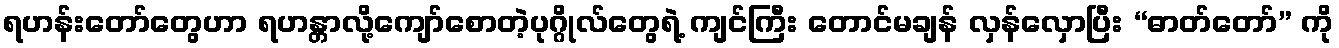
ရဟန်းတော်တွေဟာ ရဟန္တာလို့ကျော်စောတဲ့ပုဂ္ဂိုလ်တွေရဲ့ ကျင်ကြီး တောင်မချန် လှန်လှောပြီး “ဓာတ်တော်” ကို